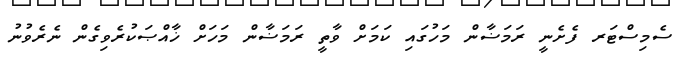
ސެމިސްޓަރ ފެށެނީ ރަމަޟާން މަހުގައި ކަމަށް ވާތީ ރަމަޟާން މަހަށް ޚާއްޞަކުރެވިގެން ނެރެވުނު